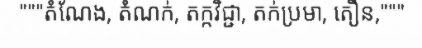
"""តំណែង, តំណក់, តក្កវិជ្ជា, តក់ប្រមា, តឿន,"""